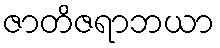
ဇာတိဇရာဘယာ